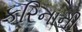
કરિનાની